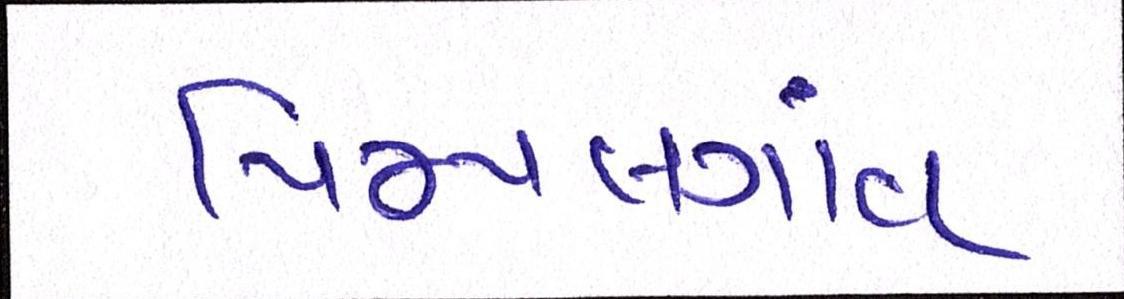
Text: પિમ્પલગાંવ